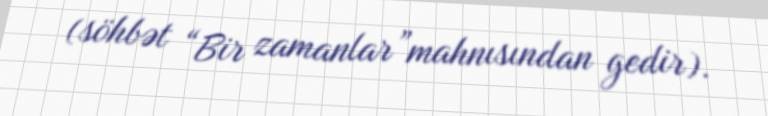
(söhbət “Bir zamanlar”mahnısından gedir).